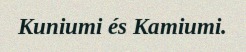
Kuniumi és Kamiumi.